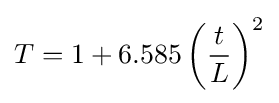
T=1+6.585\left({\frac {t}{L}}\right)^{2}